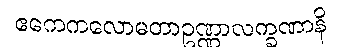
ဧကေကလောမတာဥဏ္ဏာလက္ခဏာနိ